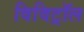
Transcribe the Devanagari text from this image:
विविट्रॉल